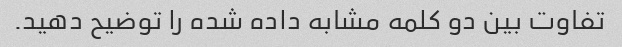
تفاوت بین دو کلمه مشابه داده شده را توضیح دهید.